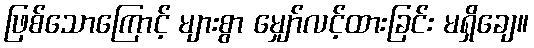
ဖြစ်သောကြောင့် များစွာ မျှော်လင့်ထားခြင်း မရှိချေ။